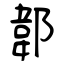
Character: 郼